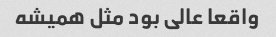
واقعا عالى بود مثل همیشه